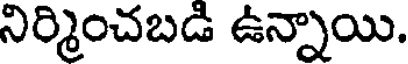
నిర్మించబడి ఉన్నాయి.